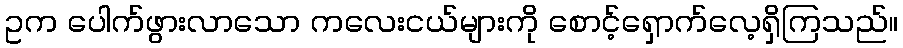
ဥက ပေါက်ဖွားလာသော ကလေးငယ်များကို စောင့်ရှောက်လေ့ရှိကြသည်။